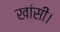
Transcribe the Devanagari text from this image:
खांसी।